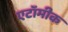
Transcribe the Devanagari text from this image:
एटॉमीक